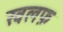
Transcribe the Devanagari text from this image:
खलफ़